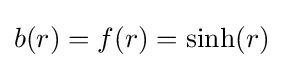
b(r)=f(r)=\sinh(r)